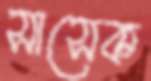
সাসেক